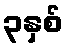
၃နှစ်